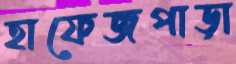
হাফেজপাড়া